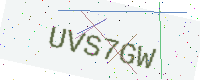
Text: UVS7GW